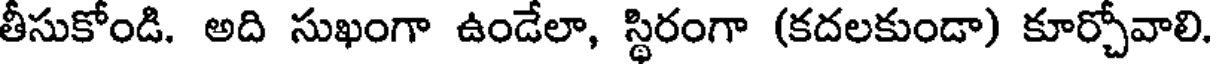
తీసుకోండి. అది సుఖంగా ఉండేలా, స్థిరంగా (కదలకుండా) కూర్చోవాలి